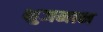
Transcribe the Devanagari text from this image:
भुजमान